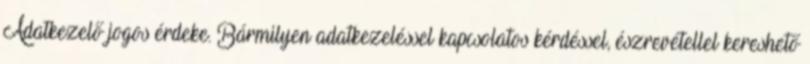
Adatkezelő jogos érdeke. Bármilyen adatkezeléssel kapcsolatos kérdéssel, észrevétellel kereshető